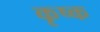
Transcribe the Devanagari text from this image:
कृष्क